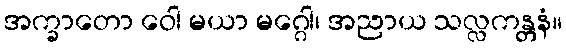
အက္ခာတော ဝေါ မယာ မဂ္ဂေါ၊ အညာယ သလ္လကန္တနံ။